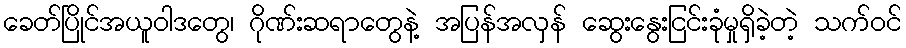
ခေတ်ပြိုင်အယူဝါဒတွေ၊ ဂိုဏ်းဆရာတွေနဲ့ အပြန်အလှန် ဆွေးနွေးငြင်းခုံမှုရှိခဲ့တဲ့ သက်ဝင်